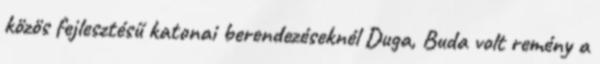
közös fejlesztésű katonai berendezéseknél Duga, Buda volt remény a